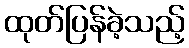
ထုတ်ပြန်ခဲ့သည့်